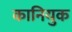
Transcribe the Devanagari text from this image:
कानियुक